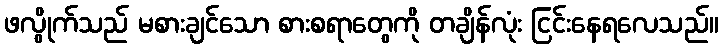
ဖလွိုက်သည် မစားချင်သော စားစရာတွေကို တချိန်လုံး ငြင်းနေရလေသည်။